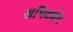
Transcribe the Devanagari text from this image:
अभिदर्शन